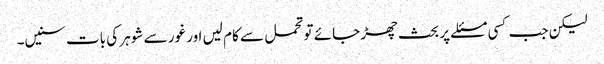
لیکن جب کسی مسئلے پر بحث چھڑ جائے تو تحمل سے کام لیں اور غور سے شوہر کی بات سنیں۔